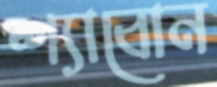
শ্যাবোন